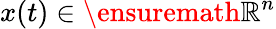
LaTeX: x(t)\in\ensuremath{\mathbb{R}}^{n}